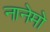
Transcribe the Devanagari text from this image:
नानेमो